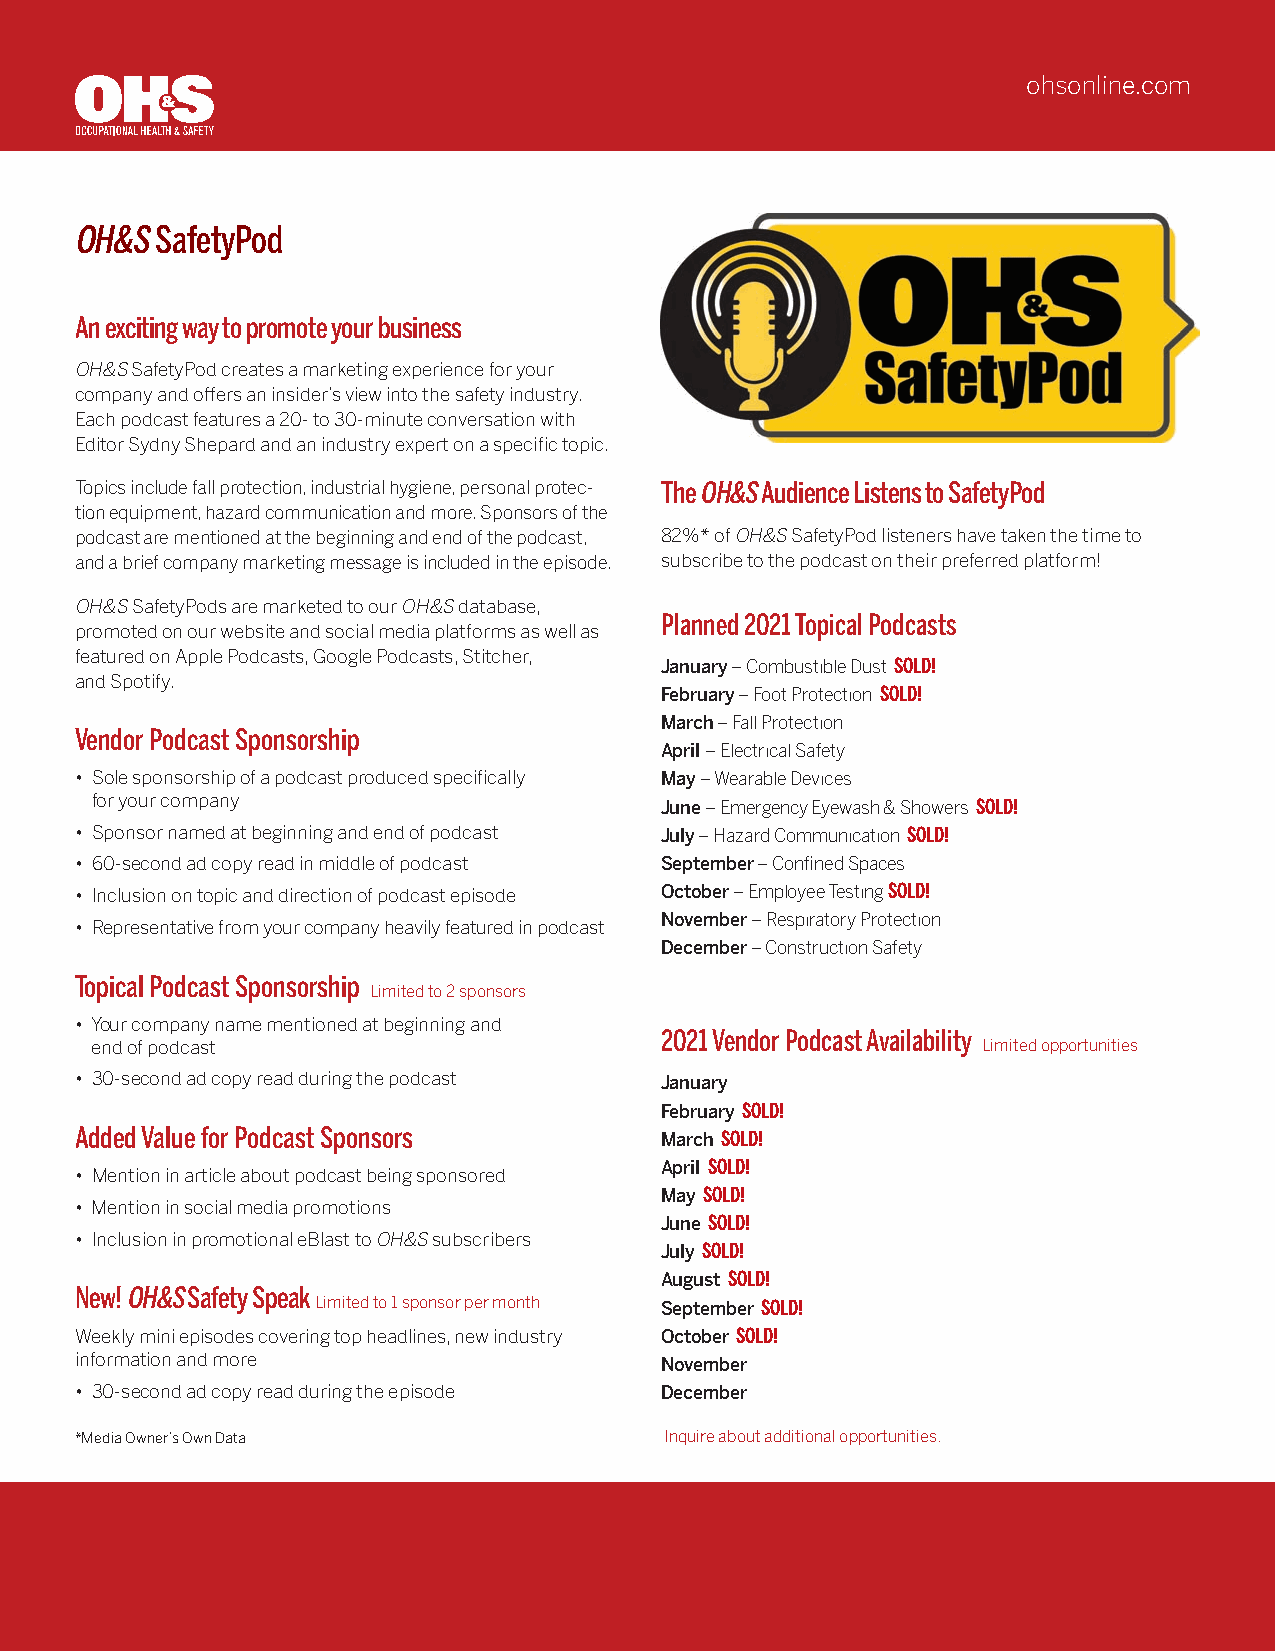
ohsonline.com
 OH&S SafetyPod
 An exciting way to promote your business
 OH&S SafetyPod creates a marketing experience for your
 company and offers an insider’s view into the safety industry.
 Each podcast features a 20- to 30-minute conversation with
 Editor Sydny Shepard and an industry expert on a specific topic.
 Topics include fall protection, industrial hygiene, personal protec- The OH&S Audience Listens to SafetyPod
 tion equipment, hazard communication and more. Sponsors of the
 podcast are mentioned at the beginning and end of the podcast, 82%* of OH&S SafetyPod listeners have taken the time to
 and a brief company marketing m essage is included in the episode. subscribe to the podcast on their preferred platform!
 OH&S SafetyPods are marketed to our OH&S database,
 Planned 2021 Topical Podcasts
 promoted on our website and social media platforms as well as
 featured on Apple Podcasts, Google Podcasts, Stitcher,
 January – Combustible Dust SOLD!
 and Spotify.
 February – Foot Protection SOLD!
 March – Fall Protection
 Vendor Podcast Sponsorship
 April – Electrical Safety
 • Sole sponsorship of a podcast produced specifically May – Wearable Devices
 for your company                      June – Emergency Eyewash & Showers SOLD!
 • Sponsor named at beginning and end of podcast July – Hazard Communication SOLD!
 • 60-second ad copy read in middle of podcast September – Confined Spaces
 • Inclusion on topic and direction of podcast episode October – Employee Testing SOLD!
 November – Respiratory Protection
 • Representative from your company heavily featured in podcast
 December – Construction Safety
 Topical Podcast Sponsorship
 Limited to 2 sponsors
 • Your company name mentioned at beginning and
 2021 Vendor Podcast Availability
 end of podcast                                             Limited opportunities
 • 30-second ad copy read during the podcast January
 February SOLD!
 Added Value for Podcast Sponsors       March SOLD!
 April SOLD!
 • Mention in article about podcast being sponsored
 May SOLD!
 • Mention in social media promotions
 June SOLD!
 • Inclusion in promotional eBlast to OH&S subscribers
 July SOLD!
 August SOLD!
 New! OH&S Safety Speak
 Limited to 1 sponsor per month September SOLD!
 Weekly mini episodes covering top headlines, new industry October SOLD!
 information and more                   November
 • 30-second ad copy read during the episode December
 *Media Owner’s Own Data                Inquire about additional opportunities.